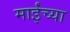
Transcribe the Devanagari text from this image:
माईंच्या